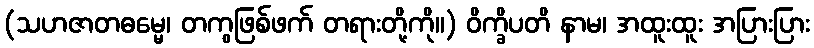
(သဟဇာတဓမ္မေ၊ တကွဖြစ်ဖက် တရားတို့ကို။) ဝိက္ခိပတိ နာမ၊ အထူးထူး အပြားပြား